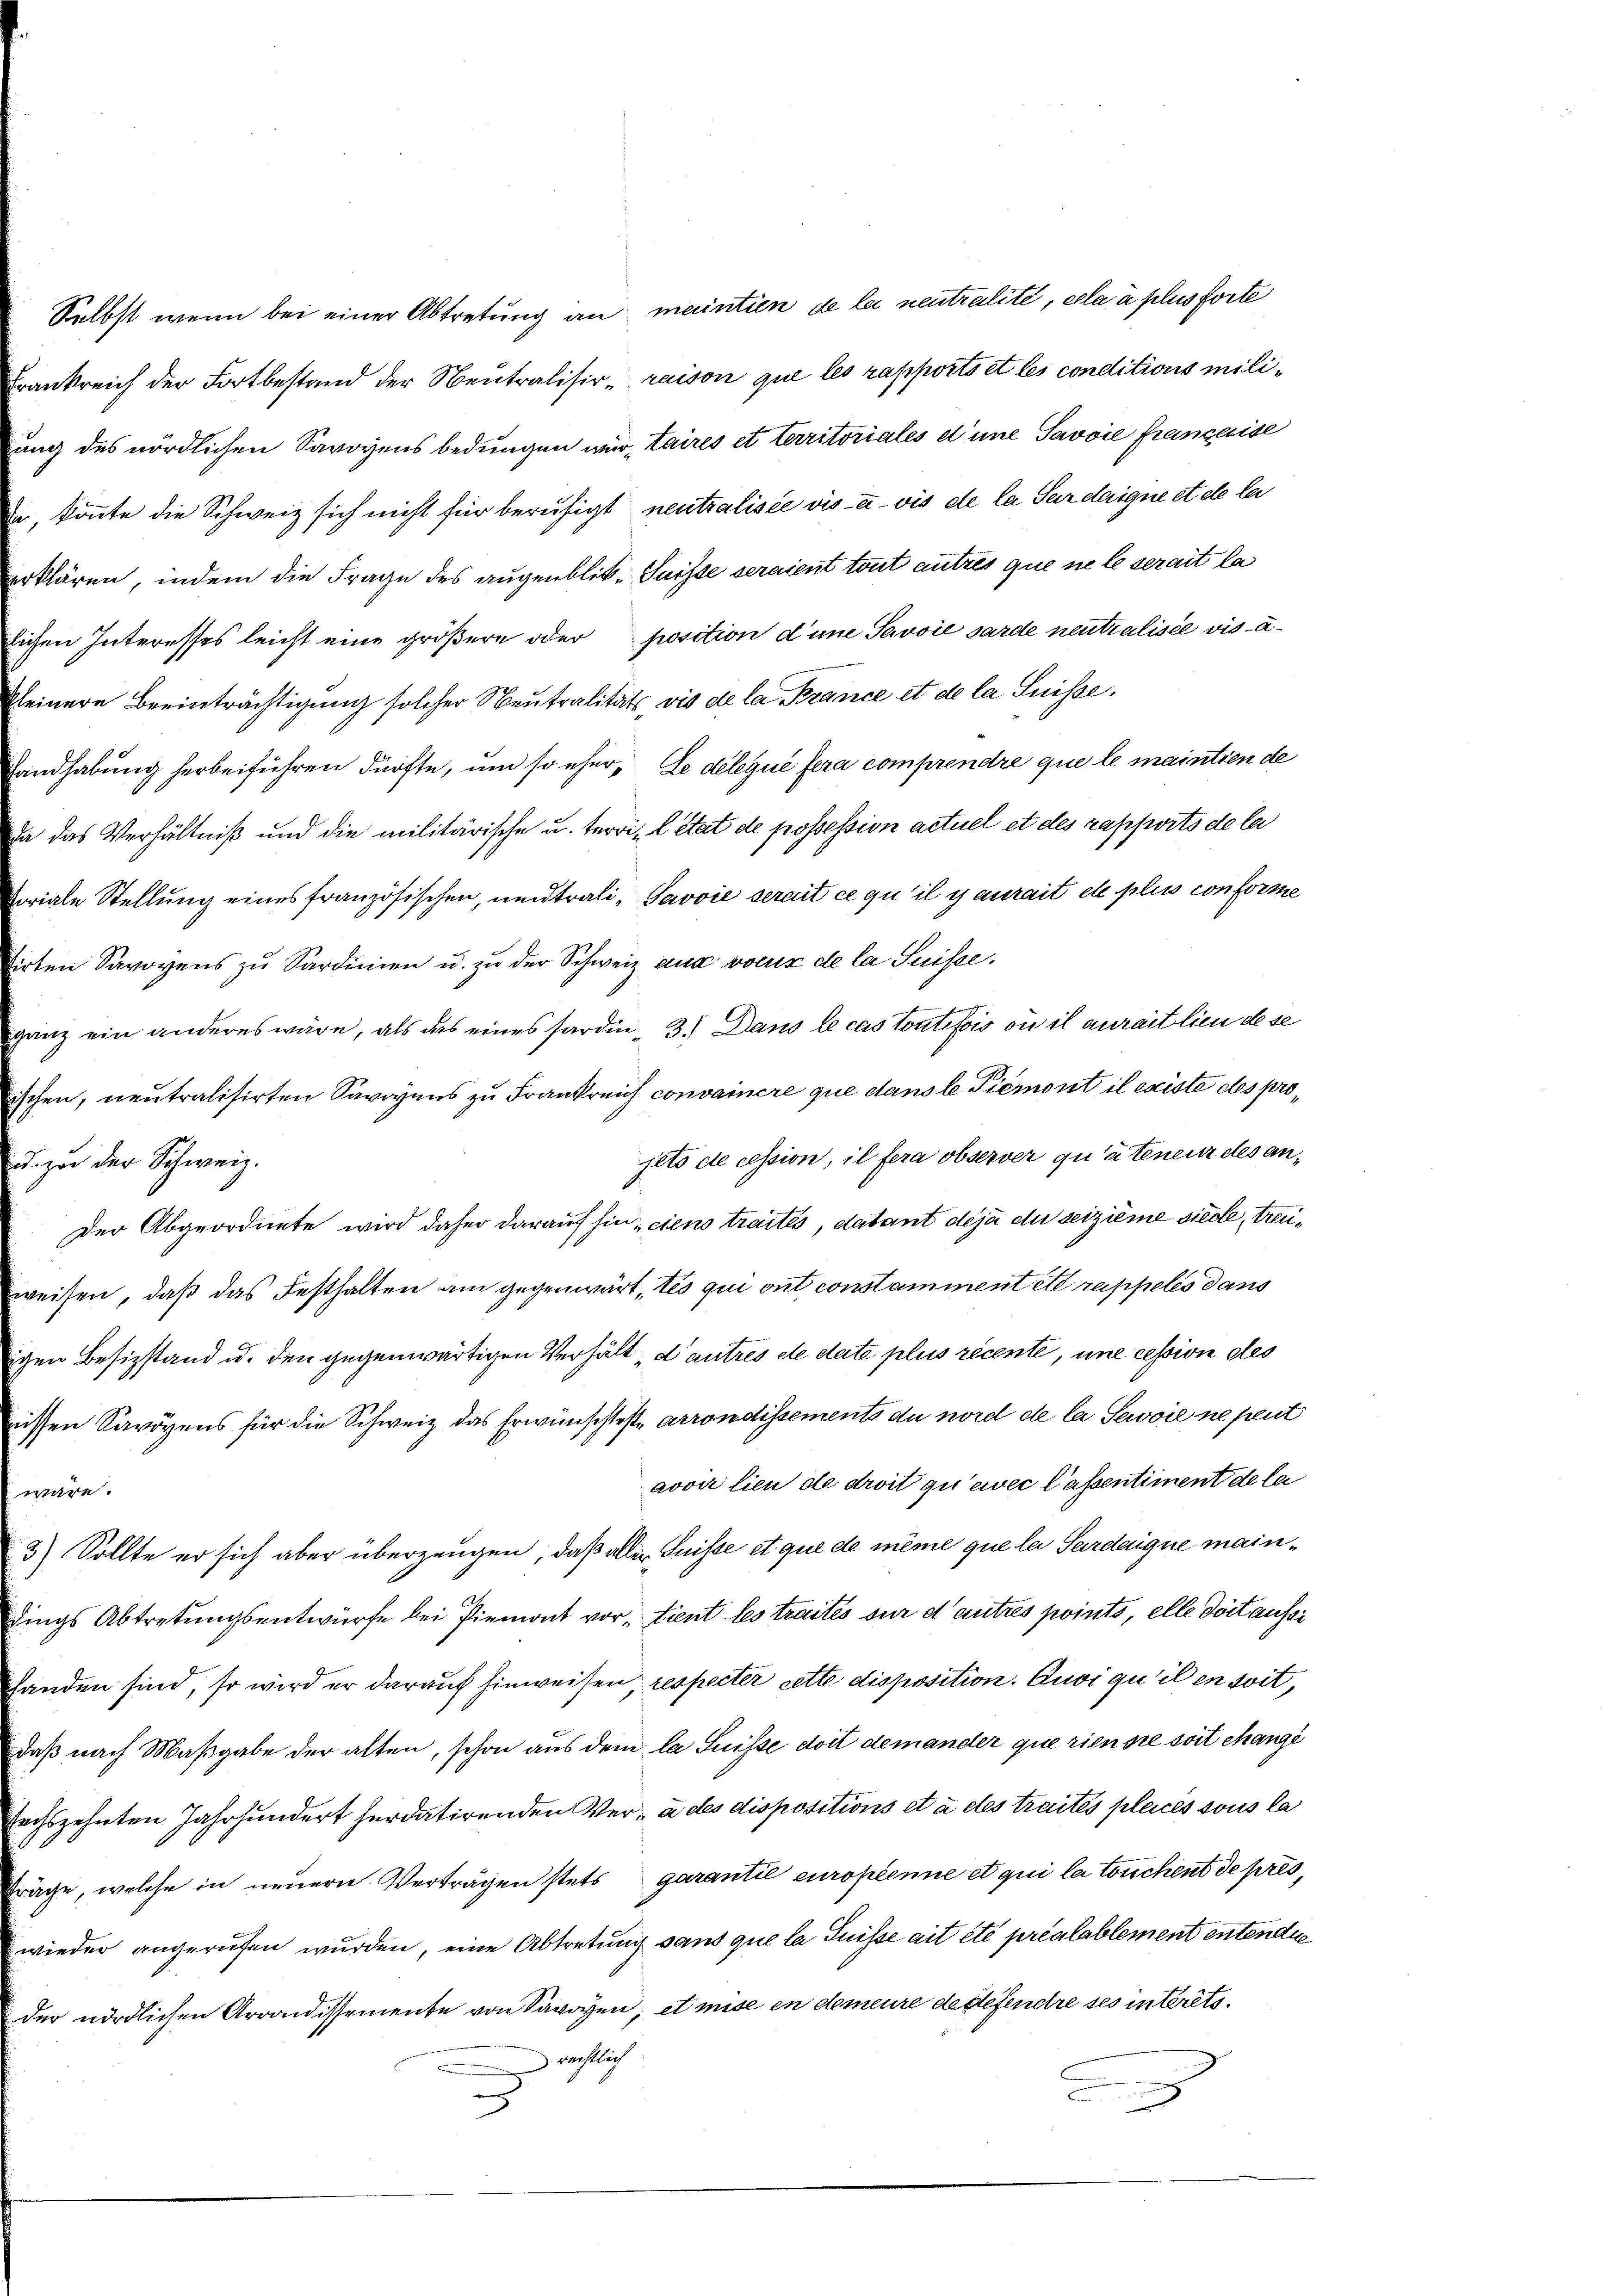
S

Selbst wenn bei einer Abtretung an maintien de la neutralité, cela à plus forte
ankreich der Fortbestand der Neutralisir raison que les rapports et les conditions miliag des nördlichen Savoyens bedungen wir, taires et territoriales d’une Savoie française
könnte die Schweiz sich nicht für beruhigt neutralisée vis-à-vis de la Par daigne et ele la
klären, indem die Frage des augenblik-Suisse seraient tout autres que ne le serait la
chen Interesses leicht eine größern oder position d’une Savoić sarde neutralisée visainere Beeinträchtigung solcher Neutralitäts, vis de la Brance et de la Suisse,
ndhabung herbeiführen dürfte, um so eher, Le délique fera comprendre que le maintien de
das Verhältniß und die militärische u. terri- l état de possession actuel et des rapports de la
iale Stellung eines französischen, neutrali- Javvie serait ce qu’il y aurait et plus conforme
ten Savoyens zu Sardinien u. zu der Schweiz aus voeux de la Suisse.
ne
niz ein anderes wäre, als das eines hardin - 3.) Dans le cas toutefois ou il aurait lieu de se
ten, neutralisirten Savoyens zu Frankreich convainere que dans le Piemont il existe des projets de cession, il fera observer quatenen des anzu der Schweiz.
Der Abgeordnete wird daher darauf hin, ciens traités, datant déjà du seizième siede, treieisen, daß das Festhalten am gegenwärt, les qui ont constamment ett rappelés dans
in Besizstand u. den gegenwärtigen Verhält, d’autres de state plus recente, une cession des
Ven Savoyens für die Schweiz das Erwünschteste arrondissements du nord de la Sewoie ne peut
avoir lieu de droit qu’ewvec l’assentiment de la
wäre.
2) Sollte er sich aber überzeugen, daß aller Suisse et que de même que la Sarderque maindings Abtretungsentwürfe bei Piemont vor, tient les traités sur d’autres points, elle dort aussi
aden sind, so wird er darauf hinweisen, respecter cette disposition. Quoi qu’il en soit,
daß nach Maßgabe der alten, schon aus dem la Suisse doit demander que rien sie soit changi
zehnten Jahrhundert herdatirenden Ver- à des dispositions et à des traités placés sous la
ige, welche in neuern Verträgen stets garantie europenne et qui la touchent de prés,
nieder angerufen wurden, eine Abtretung sans que la Puisse ait été préalablement entendie
der nördlichen Arrondissemente von Savoyen; et mise en demeure de defendre ses interets.
rechtlich
.